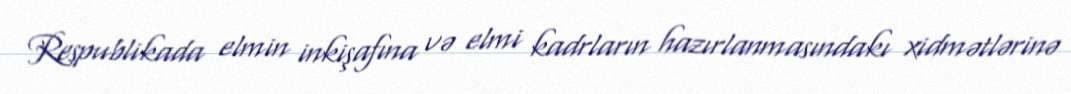
Respublikada elmin inkişafına və elmi kadrların hazırlanmasındakı xidmətlərinə